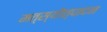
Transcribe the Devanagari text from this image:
मत्स्यॊत्पादन